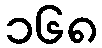
၁၆၈